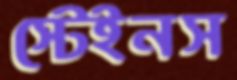
স্টেইনস